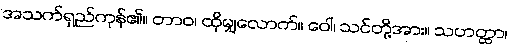
အသက်ရှည်ကုန်၏။ တာဝ၊ ထိုမျှလောက်။ ဝေါ၊ သင်တို့အား။ သဟတ္ထာ၊